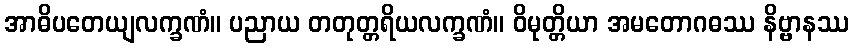
အာဓိပတေယျလက္ခဏံ။ ပညာယ တတုတ္တရိယလက္ခဏံ။ ဝိမုတ္တိယာ အမတောဂဓဿ နိဗ္ဗာနဿ